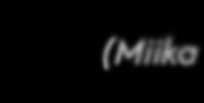
(Miika